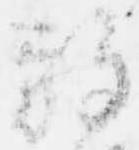
放